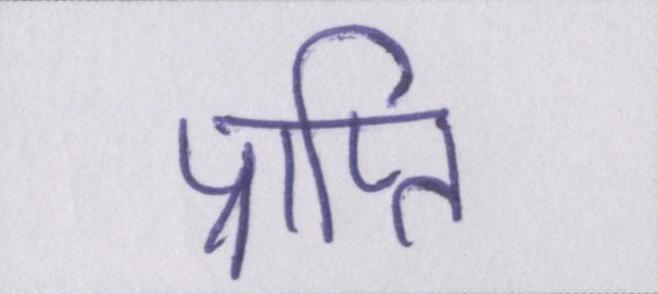
प्राप्ति